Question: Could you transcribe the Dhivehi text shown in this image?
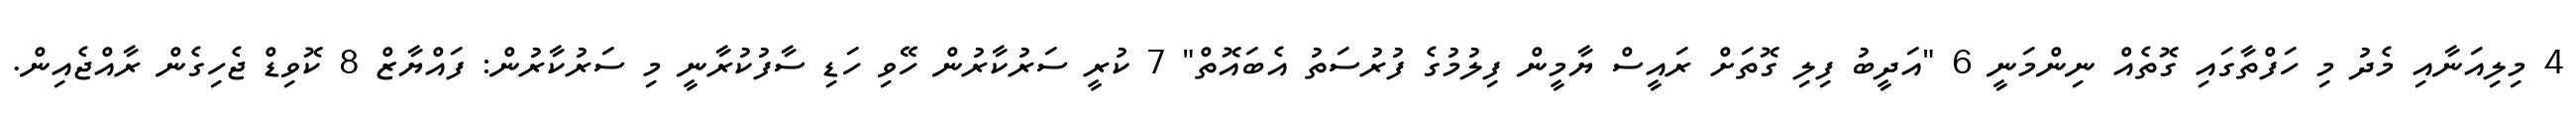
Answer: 4 މިލިއަނާއި މެދު މި ހަފްތާގައި ގޮތެއް ނިންމަނީ 6 "އަދީބު ފިލި ގޮތަށް ރައީސް ޔާމީން ފިލުމުގެ ފުރުސަތު އެބައޮތް" 7 ކުރީ ސަރުކާރުން ހޭވި ހަޑި ސާފުކުރާނީ މި ސަރުކާރުން: ފައްޔާޒް 8 ކޮވިޑް ޖެހިގެން ރާއްޖެއިން.